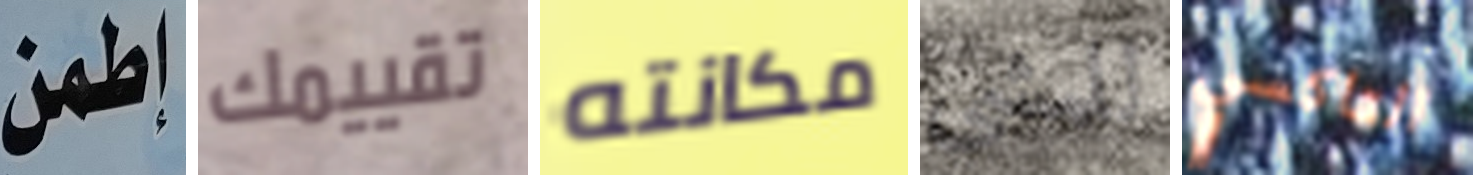
إطمن تقييمك مكانته للمشي التاكسي